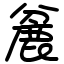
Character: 麄